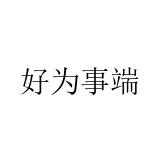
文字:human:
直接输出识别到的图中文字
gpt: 好为事端